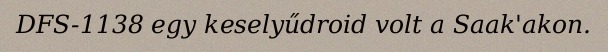
DFS-1138 egy keselyűdroid volt a Saak'akon.